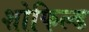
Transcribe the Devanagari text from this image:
शोफिल्ड